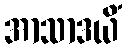
အာသာဒယိံ